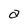
Character: a